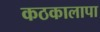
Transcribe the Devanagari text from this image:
कठकालापा